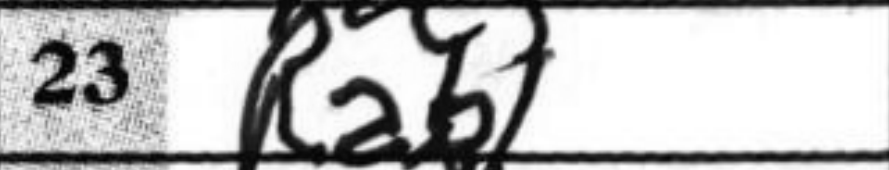
Transcription: Rab1